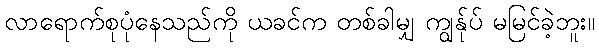
လာရောက်စုပုံနေသည်ကို ယခင်က တစ်ခါမျှ ကျွန်ုပ် မမြင်ခဲ့ဘူး။